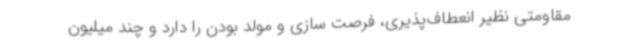
مقاومتی نظیر انعطاف‌پذیری، فرصت سازی و مولد بودن را دارد و چند میلیون